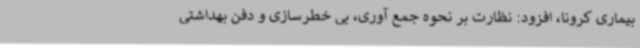
بیماری کرونا، افزود: نظارت بر نحوه جمع آوری، بی خطرسازی و دفن بهداشتی